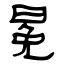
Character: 冕